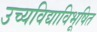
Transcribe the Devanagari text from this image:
उच्यविद्याविभूषित